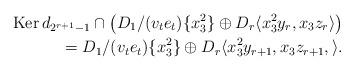
LaTeX: \begin{align*} \mathrm{Ker}\, d_{2^{r+1}-1} \cap \left( D_1/(v_te_t ) \{ x_3^2\} \oplus D_r\langle x_3^2 y_r, x_3 z_r \rangle \right) \\= D_1/(v_t e_t)\{ x_3^2 \}\oplus D_r \langle x_{3}^2 y_{r+1}, x_3 z_{r+1}, \rangle.\end{align*}